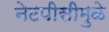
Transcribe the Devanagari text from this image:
नेटपीसीमुळे